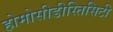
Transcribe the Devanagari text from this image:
होमोसीडीस्तिसिटी